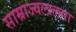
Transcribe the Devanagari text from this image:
साम्राज्यलालसा